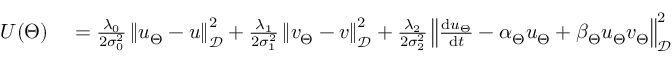
\begin{array} { r l } { U ( \Theta ) } & { { } = \frac { \lambda _ { 0 } } { 2 \sigma _ { 0 } ^ { 2 } } \left\| u _ { \Theta } - u \right\| _ { \mathcal { D } } ^ { 2 } + \frac { \lambda _ { 1 } } { 2 \sigma _ { 1 } ^ { 2 } } \left\| v _ { \Theta } - v \right\| _ { \mathcal { D } } ^ { 2 } + \frac { \lambda _ { 2 } } { 2 \sigma _ { 2 } ^ { 2 } } \left\| \frac { \mathrm { d } u _ { \Theta } } { \mathrm { d } t } - \alpha _ { \Theta } u _ { \Theta } + \beta _ { \Theta } u _ { \Theta } v _ { \Theta } \right\| _ { \mathcal { D } } ^ { 2 } } \end{array}